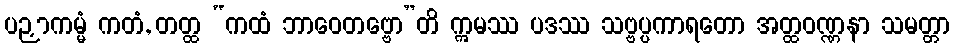
ပဉှာကမ္မံ ကတံ, တတ္ထ “ကထံ ဘာဝေတဗ္ဗော”တိ ဣမဿ ပဒဿ သဗ္ဗပ္ပကာရတော အတ္ထဝဏ္ဏနာ သမတ္တာ